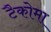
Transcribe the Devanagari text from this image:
टैकोमा